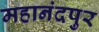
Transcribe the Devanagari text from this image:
महानंदपुर